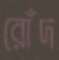
রোঁদ